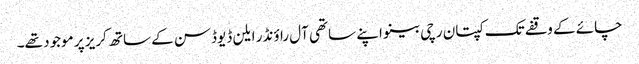
چائے کے وقفے تک کپتان رچی بینو اپنے ساتھی آل راؤنڈر ایلن ڈیوڈسن کے ساتھ کریز پر موجود تھے۔